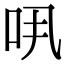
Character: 𠯎